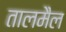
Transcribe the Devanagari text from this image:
तालमैल